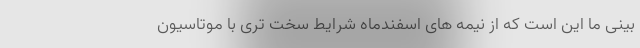
بینی ما این است که از نیمه های اسفندماه شرایط سخت تری با موتاسیون